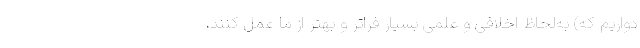
دواریم که) به‌لحاظ اخلاقی و علمی بسیار فراتر و بهتر از ما عمل کنند،